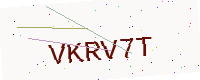
Text: VKRV7T